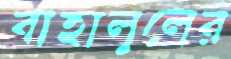
বাহালুলের